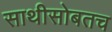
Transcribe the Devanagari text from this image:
साथीसोबतच